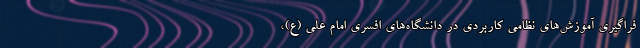
فراگیری آموزش‌های نظامی کاربردی در دانشگاه‌های افسری امام علی (ع)،